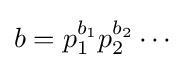
b=p_{1}^{b_{1}}p_{2}^{b_{2}}\cdots